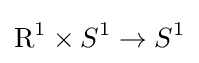
\mathrm {R} ^{1}\times S^{1}\to S^{1}